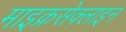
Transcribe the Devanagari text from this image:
माइक्रसेक्लाइन